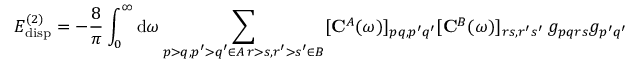
E _ { \mathrm { d i s p } } ^ { ( 2 ) } = - \frac { 8 } { \pi } \int _ { 0 } ^ { \infty } \mathrm { d } \omega \sum _ { \substack { p > q , p ^ { \prime } > q ^ { \prime } \in A \, r > s , r ^ { \prime } > s ^ { \prime } \in B } } [ { \bf C } ^ { A } ( \omega ) ] _ { p q , p ^ { \prime } q ^ { \prime } } [ { \bf C } ^ { B } ( \omega ) ] _ { r s , r ^ { \prime } s ^ { \prime } } \ g _ { p q r s } g _ { p ^ { \prime } q ^ { \prime } r ^ { \prime } s ^ { \prime } } .